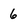
Character: 6